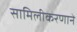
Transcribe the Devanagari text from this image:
सामिलीकरणाने